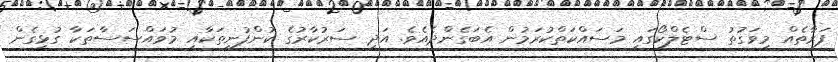
ފަރާތެއް މިވަގުތު ސްޓެލްކޯގައި މަސައްކަތްކުރަމުން އެބަގެންދެއެވެ. އަދި ސަރުކާރުގެ ކުންފުނިތަކާއި މުވައްސަސާތަކާ ގުޅިގެން